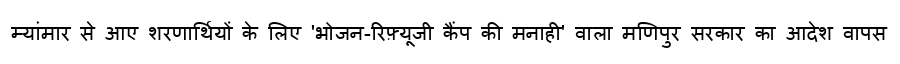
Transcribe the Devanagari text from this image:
म्यांमार से आए शरणार्थियों के लिए 'भोजन-रिफ़्यूजी कैंप की मनाही' वाला मणिपुर सरकार का आदेश वापस